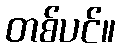
တစ်ပင်။